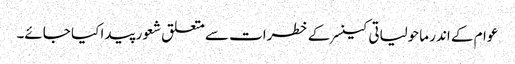
عوام کے اندر ماحولیاتی کینسر کے خطرات سے متعلق شعور پیدا کیا جائے۔